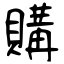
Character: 購